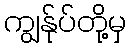
ကျွန်ုပ်တို့မှ